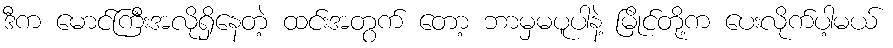
ဒီက မောင်ကြီးအလိုရှိနေတဲ့ ထင်းအတွက် တော့ ဘာမှမပူပါနဲ့ မြိုင်တို့က ပေးလိုက်ပါ့မယ်